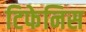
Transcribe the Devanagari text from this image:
टिफेनिस